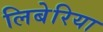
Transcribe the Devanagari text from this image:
लिबेरिया